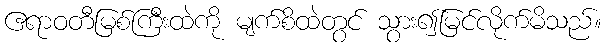
ဧရာဝတီမြစ်ကြီးထဲကို မျက်စိထဲတွင် သွား၍မြင်လိုက်မိသည်။